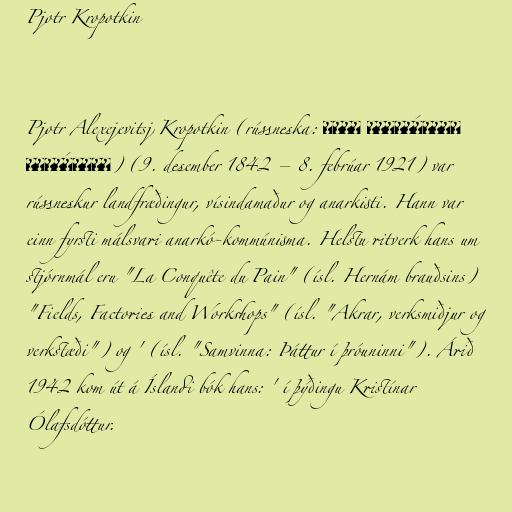
Pjotr Kropotkin

Pjotr Alexejevitsj Kropotkin (rússneska: Пётр Алексе́евич
Кропо́ткин) (9. desember 1842 – 8. febrúar 1921) var
rússneskur landfræðingur, vísindamaður og anarkisti. Hann var
einn fyrsti málsvari anarkó-kommúnisma. Helstu ritverk hans um
stjórnmál eru "La Conquête du Pain" (ísl. Hernám brauðsins)
"Fields, Factories and Workshops" (ísl. "Akrar, verksmiðjur og
verkstæði") og ' (ísl. "Samvinna: Þáttur í þróuninni"). Árið
1942 kom út á Íslandi bók hans: ' í þýðingu Kristínar
Ólafsdóttur.